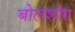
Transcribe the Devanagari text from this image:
बोलशोए